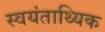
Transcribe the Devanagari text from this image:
स्वयंताथ्यिक